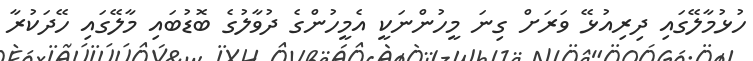
ހުޅުމާލޭގައި ދިރިއުޅޭ ވަރަށް ގިނަ މީހުންނަކީ އެމީހުންގެ ދުވާލުގެ ބޮޑުބައި މާލޭގައި ހޭދަކުރާ